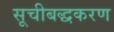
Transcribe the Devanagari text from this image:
सूचीबद्धकरण